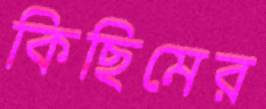
কিছিমের